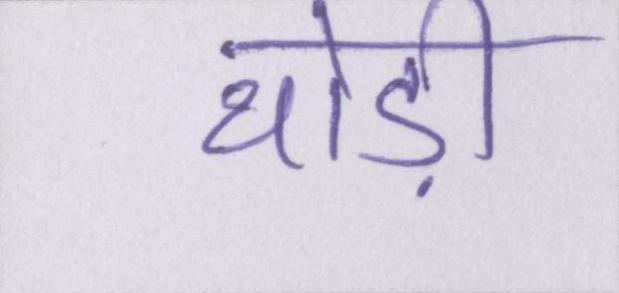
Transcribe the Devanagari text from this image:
थोड़ी